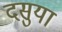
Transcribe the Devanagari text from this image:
दसुया